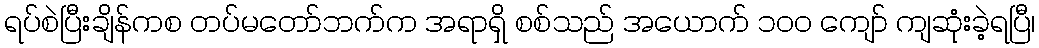
ရပ်စဲပြီးချိန်ကစ တပ်မတော်ဘက်က အရာရှိ စစ်သည် အယောက် ၁၀၀ ကျော် ကျဆုံးခဲ့ရပြီ၊